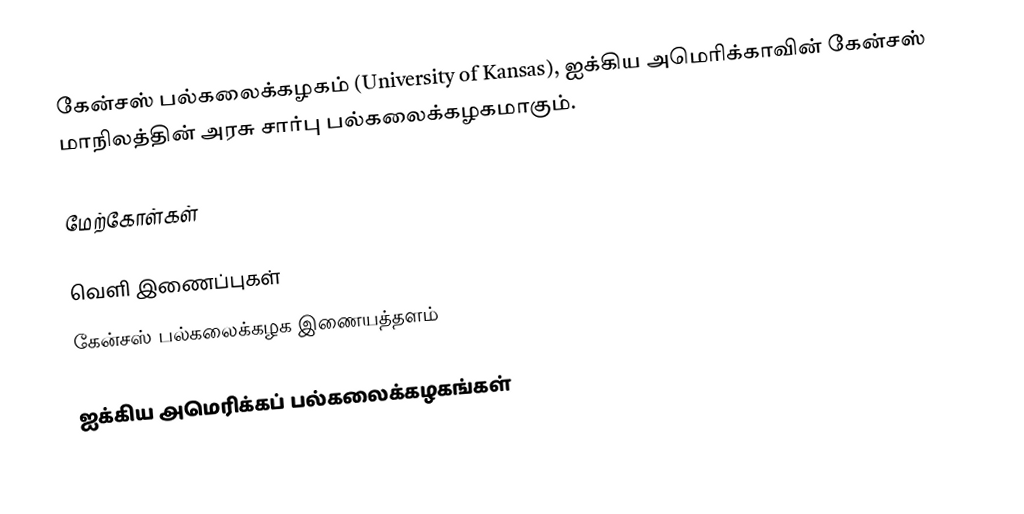
கேன்சஸ் பல்கலைக்கழகம் (University of Kansas), ஐக்கிய அமெரிக்காவின் கேன்சஸ் மாநிலத்தின் அரசு சார்பு பல்கலைக்கழகமாகும்.

மேற்கோள்கள்

வெளி இணைப்புகள்
 கேன்சஸ் பல்கலைக்கழக இணையத்தளம்

ஐக்கிய அமெரிக்கப் பல்கலைக்கழகங்கள்